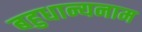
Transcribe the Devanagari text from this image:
बहुधान्यनाम